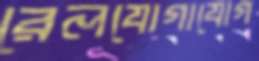
রেলযোগাযোগ